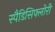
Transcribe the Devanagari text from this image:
स्पैडिसिफ्लोरी